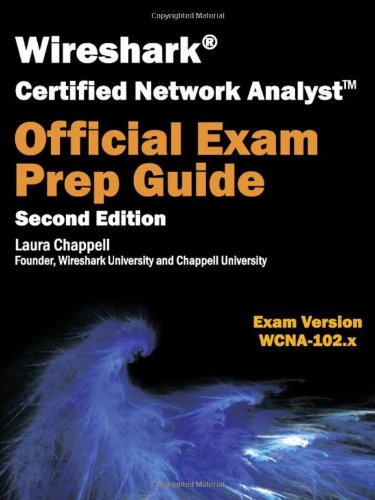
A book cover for Wireshark Certified Network Analyst Exam Prep Guide (Second Edition); Laura Chappell; Computers & Technology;